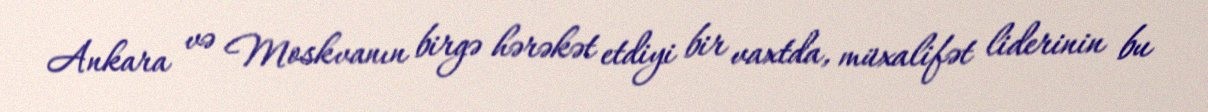
Ankara və Moskvanın birgə hərəkət etdiyi bir vaxtda, müxalifət liderinin bu